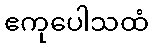
ဧကုပေါသထံ